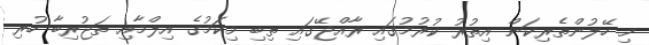
މި ހޭލުންތެރިކަން އިތުރު ކުރުމުގައި ރާއްޖޭގައި ތިބި މިކަމުގެ އިލްމާއި ތަޖުރިބާ ހުރި